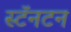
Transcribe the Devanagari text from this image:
स्टॅनटन